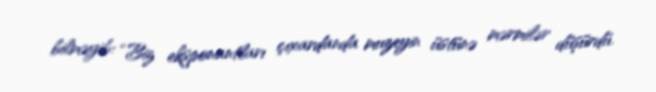
bilməyib: “Biz eksponantları çıxardanda muzeyin üstünə mərmilər düşürdü.